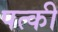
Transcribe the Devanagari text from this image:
पत्‍की